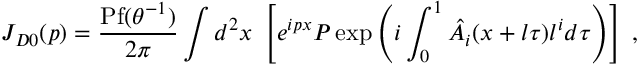
J _ { D 0 } ( p ) = \frac { \mathrm { P f } ( \theta ^ { - 1 } ) } { 2 \pi } \int d ^ { 2 } x ~ \left[ e ^ { i p x } P \exp \left( i \int _ { 0 } ^ { 1 } \hat { A } _ { i } ( x + l \tau ) l ^ { i } d \tau \right) \right] \; ,